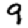
Digit: 9